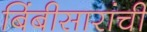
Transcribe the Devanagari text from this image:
बिंबीसारांची